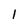
Character: 1